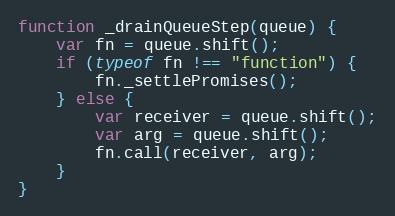
Language: JavaScript
function _drainQueueStep(queue) {
    var fn = queue.shift();
    if (typeof fn !== "function") {
        fn._settlePromises();
    } else {
        var receiver = queue.shift();
        var arg = queue.shift();
        fn.call(receiver, arg);
    }
}